Scottish Certificate of Education, 1962
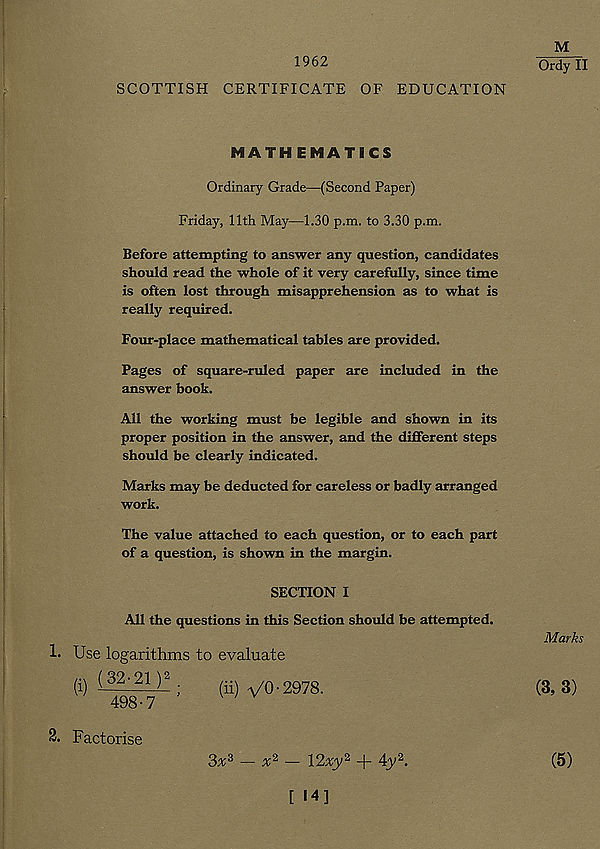
1962
SCOTTISH CERTIFICATE OF EDUCATION
M
Ordy II
MATH EMATICS
Ordinary Grade—(Second Paper)
Friday, 11th May—1.30 p.m. to 3.30 p.m.
Before attempting to answer any question, candidates
should read the whole of it very carefully, since time
is often lost through misapprehension as to what is
really required.
Four-place mathematical tables are provided.
Pages of square-ruled paper are included in the
answer book.
All the working must be legible and shown in its
proper position in the answer, and the different steps
should be clearly indicated.
Marks may be deducted for careless or badly arranged
work.
The value attached to each question, or to each part
of a question, is shown in the margin.
SECTION I
All the questions in this Section should be attempted.
1. Use logarithms to evaluate
Marks
(i) (j 2 ' 21 ) 2
;
(ii) VO-2978.
498-7
(3, 3)
2. Factorise
3v 3 — a; 2 — 12^y 2 + 4y 2 .
[ 14]
(5)